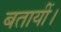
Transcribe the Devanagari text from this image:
बतायीं।